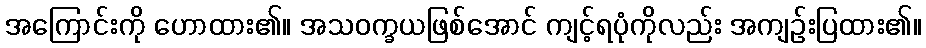
အကြောင်းကို ဟောထား၏။ အသဝက္ခယဖြစ်အောင် ကျင့်ရပုံကိုလည်း အကျဉ်းပြထား၏။